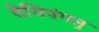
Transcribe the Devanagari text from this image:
वेयिपंगलु